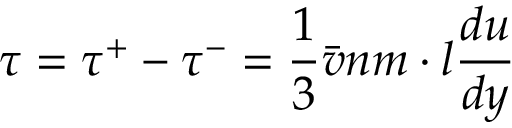
\quad \tau = \tau ^ { + } - \tau ^ { - } = { \frac { 1 } { 3 } } { \bar { v } } n m \cdot l { \frac { d u } { d y } }